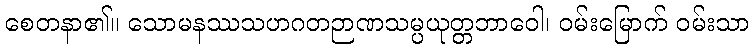
စေတနာ၏။ သောမနဿသဟဂတဉာဏသမ္ပယုတ္တဘာဝေါ၊ ဝမ်းမြောက် ဝမ်းသာ